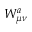
W _ { \mu \nu } ^ { a }